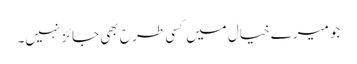
جو میرے خیال میں کسی طر ح بھی جائز نہیں۔